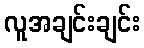
လူအချင်းချင်း